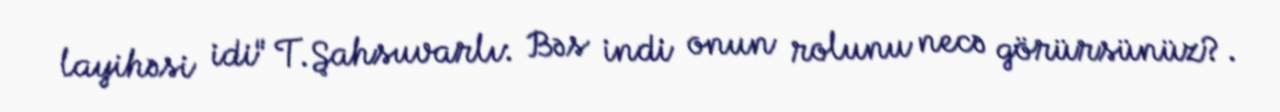
layihəsi idi" T.Şahsuvarlı: Bəs indi onun rolunu necə görürsünüz?.